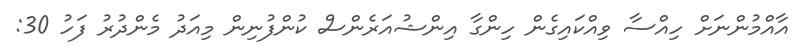
އާއްމުންނަށް ހިއްސާ ވިއްކައިގެން ހިންގާ އިންޝުއަރެންސް ކުންފުނިން މިއަދު މެންދުރު ފަހު 30: